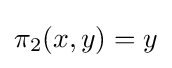
\pi _{2}(x,y)=y